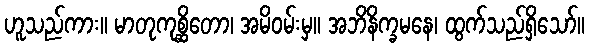
ဟူသည်ကား။ မာတုကုစ္ဆိတော၊ အမိဝမ်းမှ။ အဘိနိက္ခမနေ၊ ထွက်သည်ရှိသော်။